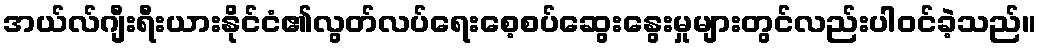
အယ်လ်ဂျီးရီးယားနိုင်ငံ၏လွတ်လပ်ရေးစေ့စပ်ဆွေးနွေးမှုများတွင်လည်းပါဝင်ခဲ့သည်။